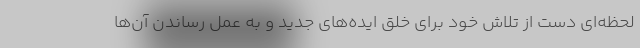
لحظه‌ای دست از تلاش خود برای خلق ایده‌های جدید و به عمل رساندن آن‌ها